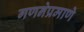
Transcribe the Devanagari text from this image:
गणनेप्रमाणे